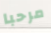
مرحبا